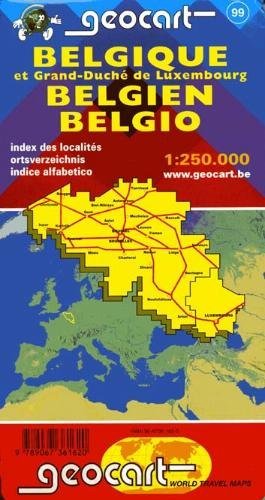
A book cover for Belgium-Luxembourg (Dutch Edition); Girault Gilbert; Travel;